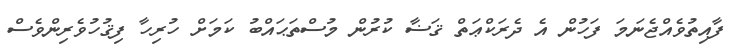
ފާއިތުވެއްޖެނަމަ ފަހުން އެ ދެރަކްޢަތް ޤަޟާ ކުރުން މުސްތަޙައްބު ކަމަށް ހުރިހާ ފިޤުހުވެރިންވެސް